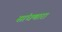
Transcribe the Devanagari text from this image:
सांधणारा